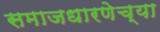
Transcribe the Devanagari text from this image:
समाजधारणेच्या